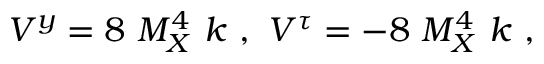
V ^ { y } = 8 ~ M _ { X } ^ { 4 } ~ k ~ , ~ V ^ { \tau } = - 8 ~ M _ { X } ^ { 4 } ~ k ~ , ~ \,